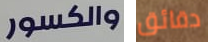
والكسور دقائق